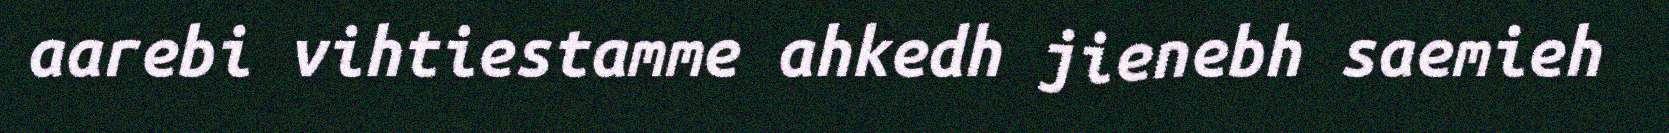
aarebi vihtiestamme ahkedh jienebh saemieh